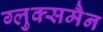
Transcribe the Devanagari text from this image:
ग्लुक्समैन